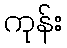
ကုန်း